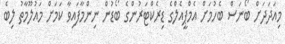
މިއަދަދަށް ބޯނަސް ބެހުމަށް އެމްޕީއެލްގެ ޑިރެކްޓަރުންގެ ބޯޑުން ނިންމާފައިވާ ކަަމަށް މައުލޫމާތު ލިބެ